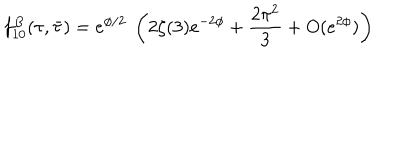
f _ { 1 0 } ^ { B } ( \tau , \bar { \tau } ) = e ^ { \phi / 2 } ~ \left( 2 \zeta ( 3 ) e ^ { - 2 \phi } + \frac { 2 \pi ^ { 2 } } { 3 } + O ( e ^ { 2 \phi } ) \right)